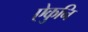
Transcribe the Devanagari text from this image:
ऐकुनि